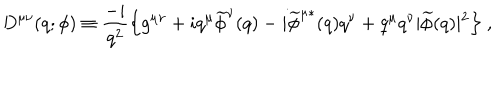
LaTeX: D ^ { \mu \nu } ( q ; \phi ) \equiv { \frac { - i } { q ^ { 2 } } } \Bigl \{ g ^ { \mu \nu } + i q ^ { \mu } \widetilde \phi ^ { \nu } ( q ) - i { \widetilde \phi ^ { \mu * } } ( q ) q ^ { \nu } + q ^ { \mu } q ^ { \nu } \vert \widetilde \phi ( q ) \vert ^ { 2 } \Bigr \} \ ,